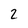
Character: 2